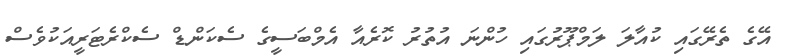
އޭގެ ތެރޭގައި ކުއާލަ ލަމްޕޫރުގައި ހުންނަ އުތުރު ކޮރެއާ އެމްބަސީގެ ސެކަންޑް ސެކްރެޓަރީއަކުވެސް